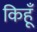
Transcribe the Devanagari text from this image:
किहूँ